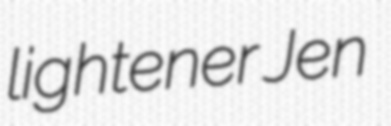
lightener Jen